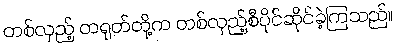
တစ်လှည့် တရုတ်တို့က တစ်လှည့်စီပိုင်ဆိုင်ခဲ့ကြသည်။